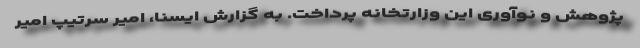
پژوهش و نوآوری این وزارتخانه پرداخت. به گزارش ایسنا، امیر سرتیپ امیر